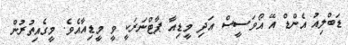
ޑަބްލިއު އެންޑް އޭ އޯވަސީސް އަދި މީޑިއާ ޕާޓްނަރަކީ ވީ މީޑިއާއެވެ. މީގެއިތުރުން